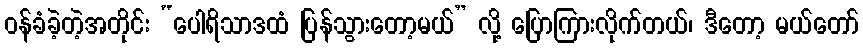
ဝန်ခံခဲ့တဲ့အတိုင်း “ပေါရိသာဒထံ ပြန်သွားတော့မယ်” လို့ ပြောကြားလိုက်တယ်၊ ဒီတော့ မယ်တော်